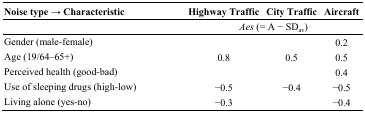
<table><thead><tr><td><b>Noise type → Characteristic</b></td><td><b>Highway Traffic</b></td><td><b>City Traffic</b></td><td><b>Aircraft</b></td></tr></thead><tbody><tr><td></td><td colspan="3"><i>Aes</i> (= A − SD<sub>av</sub>)</td></tr><tr><td>Gender (male-female)</td><td></td><td></td><td>0.2</td></tr><tr><td>Age (19/64–65+) </td><td>0.8</td><td>0.5</td><td>0.5</td></tr><tr><td>Perceived health (good-bad)</td><td></td><td></td><td>0.4</td></tr><tr><td>Use of sleeping drugs (high-low)</td><td>−0.5</td><td>−0.4</td><td>−0.5</td></tr><tr><td>Living alone (yes-no)</td><td>−0.3</td><td></td><td>−0.4</td></tr></tbody></table>